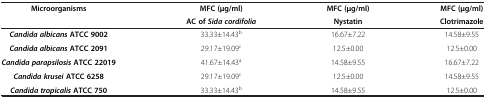
<table><thead><tr><td><b>Microorganisms</b></td><td><b>MFC (μg/ml)</b></td><td><b>MFC (μg/ml)</b></td><td><b>MFC (μg/ml)</b></td></tr><tr><td>[EMPTY_CELL]</td><td><b>AC of<i>Sida cordifolia</i></b></td><td><b>Nystatin</b></td><td><b>Clotrimazole</b></td></tr></thead><tbody><tr><td><b><i>Candida albicans</i></b><b>ATCC 9002</b></td><td>33.33±14.43<sup>b</sup></td><td>16.67±7.22</td><td>14.58±9.55</td></tr><tr><td><b><i>Candida albicans</i></b><b>ATCC 2091</b></td><td>29.17±19.09<sup>c</sup></td><td>12.5±0.00</td><td>12.5±0.00</td></tr><tr><td><b><i>Candida parapsilosis</i></b><b>ATCC 22019</b></td><td>41.67±14.43<sup>a</sup></td><td>14.58±9.55</td><td>16.67±7.22</td></tr><tr><td><b><i>Candida krusei</i></b><b>ATCC 6258</b></td><td>29.17±19.09<sup>c</sup></td><td>12.5±0.00</td><td>14.58±9.55</td></tr><tr><td><b><i>Candida tropicalis</i></b><b>ATCC 750</b></td><td>33.33±14.43<sup>b</sup></td><td>14.58±9.55</td><td>12.5±0.00</td></tr></tbody></table>